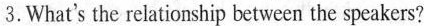
3. What's the relationship between the speakers?